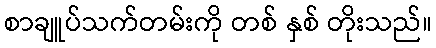
စာချူပ်သက်တမ်းကို တစ် နှစ် တိုးသည်။